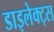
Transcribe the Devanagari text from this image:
डाइलेक्ट्स